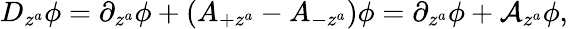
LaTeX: D_{z^{a}}\phi=\partial_{z^{a}}\phi+(A_{+z^{a}}-A_{-z^{a}})\phi=\partial_{z^{a}}\phi+\mathcal{A}_{z^{a}}\phi,